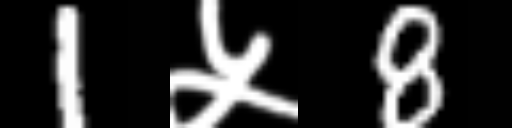
Text: 1५8